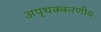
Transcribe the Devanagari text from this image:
अपृथक्करणीय